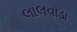
લાલવાડા